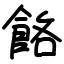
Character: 餎